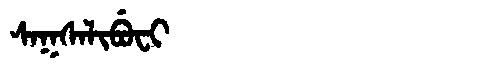
Manchu: ᠰᠠᡴᠰᠠᠯᡳᠪᡠᠸᡳ
Romanization: SAKSALIBUFI